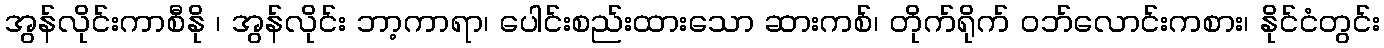
အွန်လိုင်းကာစီနို ၊ အွန်လိုင်း ဘာ့ကာရာ၊ ပေါင်းစည်းထားသော ဆားကစ်၊ တိုက်ရိုက် ဝဘ်လောင်းကစား၊ နိုင်ငံတွင်း